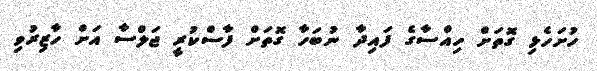
ހުށަހެޅި ގޮތަށް ހިއްސާގެ ފައިދާ ނުބަހާ ގޮތަށް ފާސްކުރީ ޖަލްސާ އަށް ހާޒިރުވި